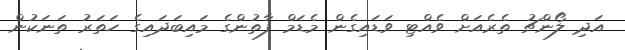
އަދި ލޯންޗު ތެރެއަށް ވެއްޓި ވަޑައިގެން މެޑަމް ފާތުންގެ މައިބަދައިގެ ހަތަރު ތަނަކުން